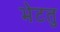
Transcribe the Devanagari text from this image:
भेटतु